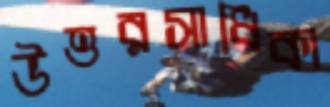
উত্তরসাধিকা